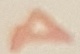
Text: A